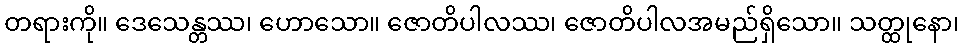
တရားကို။ ဒေသေန္တဿ၊ ဟောသော။ ဇောတိပါလဿ၊ ဇောတိပါလအမည်ရှိသော။ သတ္ထုနော၊